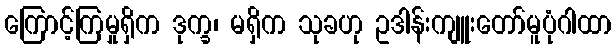
ကြောင့်ကြမှုရှိက ဒုက္ခ၊ မရှိက သုခဟု ဥဒါန်းကျူးတော်မူပုံဂါထာ